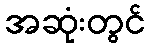
အဆုံးတွင်